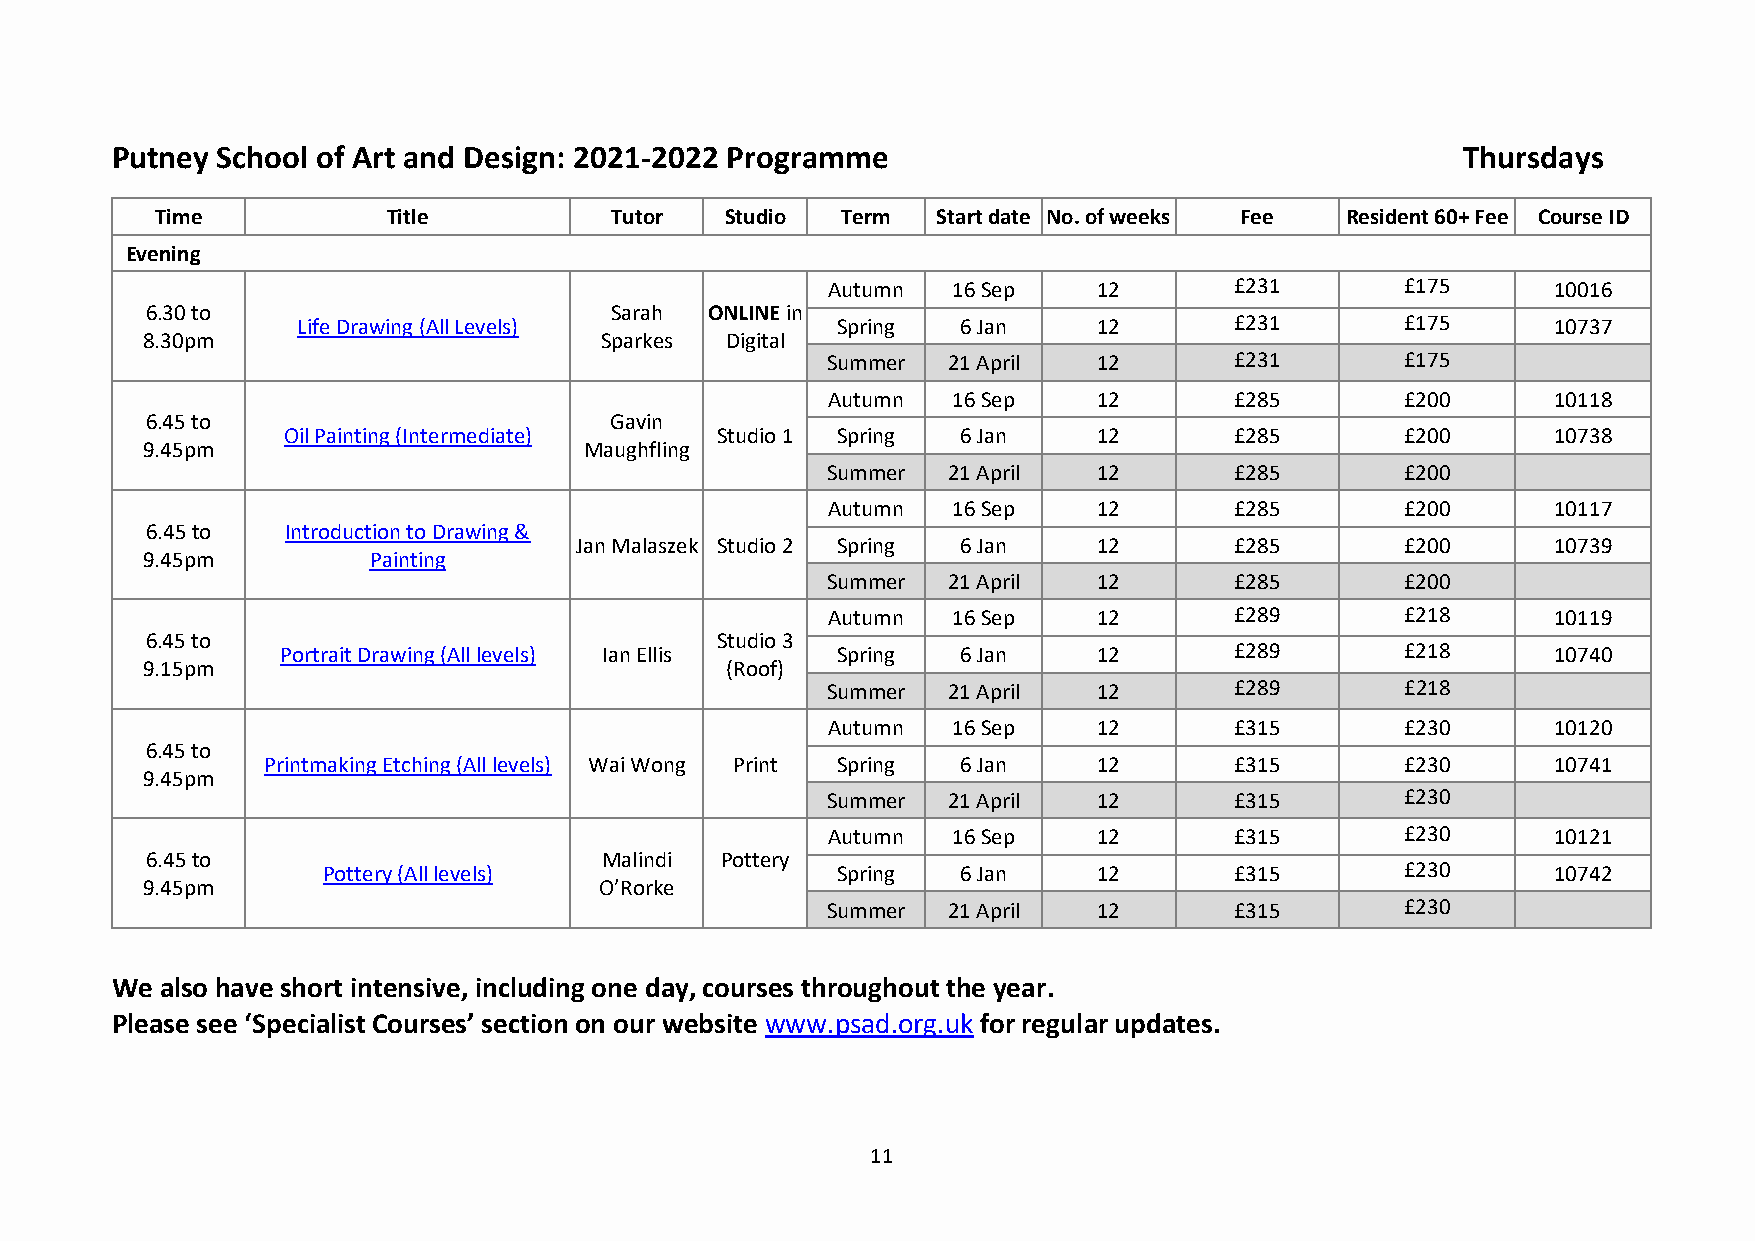
Putney School of Art and Design: 2021-2022 Programme                                      Thursdays
 Time            Title         Tutor   Studio  Term  Start date No. of weeks Fee Resident 60+ Fee Course ID
 Evening
 Autumn  16 Sep    12       £231       £175      10016
 6.30 to                       Sarah  ONLINE in
 Life Drawing (All Levels)          Spring   6 Jan    12       £231       £175      10737
 8.30pm                         Sparkes Digital
 Summer  21 April  12       £231       £175
 Autumn  16 Sep    12       £285       £200      10118
 6.45 to                       Gavin
 Oil Painting (Intermediate) Studio 1 Spring  6 Jan    12       £285       £200      10738
 9.45pm                        Maughfling
 Summer  21 April  12       £285       £200
 Autumn  16 Sep    12       £285       £200      10117
 6.45 to  Introduction to Drawing &
 Jan Malaszek Studio 2 Spring 6 Jan 12       £285       £200      10739
 9.45pm         Painting
 Summer  21 April  12       £285       £200
 Autumn  16 Sep    12       £289       £218      10119
 6.45 to                              Studio 3
 Portrait Drawing (All levels) Ian Ellis Spring 6 Jan  12       £289       £218      10740
 9.15pm                                 (Roof)
 Summer  21 April  12       £289       £218
 Autumn  16 Sep    12       £315       £230      10120
 6.45 to
 Printmaking Etching (All levels) Wai Wong Print Spring 6 Jan 12  £315       £230      10741
 9.45pm
 Summer  21 April  12       £315       £230
 Autumn  16 Sep    12       £315       £230      10121
 6.45 to                       Malindi Pottery
 Pottery (All levels)              Spring   6 Jan    12       £315       £230      10742
 9.45pm                         O’Rorke
 Summer  21 April  12       £315       £230
 We  also have short intensive, including one day, courses throughout the year.
 Please see ‘Specialist Courses’ section on our website www.psad.org.uk for regular updates.
 11